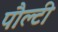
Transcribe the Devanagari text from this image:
पौल्टी